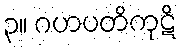
၃။ ဂဟပတိကုဋိ